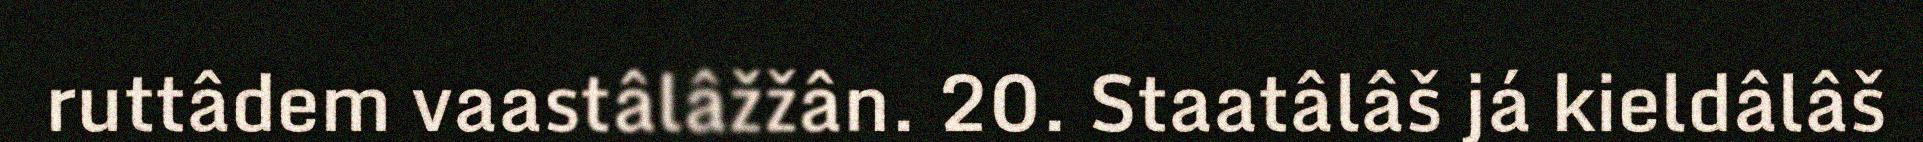
ruttâdem vaastâlâžžân. 20. Staatâlâš já kieldâlâš